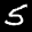
Label: 5